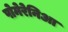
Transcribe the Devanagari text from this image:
पोमेरेनिआ